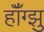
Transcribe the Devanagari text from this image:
हॉँग्झु